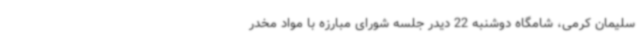
سلیمان کرمی، شامگاه دوشنبه 22 دیدر جلسه شورای مبارزه با مواد مخدر